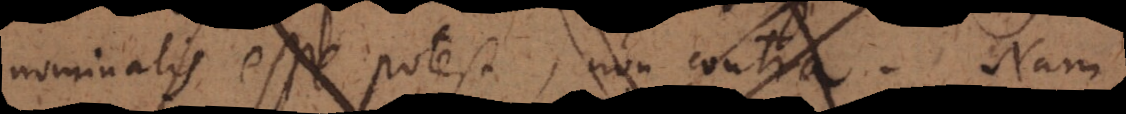
nominalis esse potest, non contra. Nam